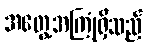
အတွေ့အကြုံရှိသည်